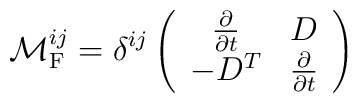
{\cal M}^{ij}_{\rm F}=  \delta^{ij}\left(\begin{array}{cc} \frac{\partial}{\partial t} & D \\ -D^{T} &\frac{\partial}{\partial t}\end{array}\right)